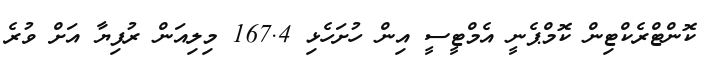
ކޮންޓްރެކްޓިން ކޮމްޕެނީ އެމްޓީސީ އިން ހުށަހެޅި 167.4 މިލިއަން ރުފިޔާ އަށް ވުރެ